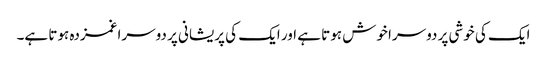
ایک کی خوشی پر دوسرا خوش ہوتا ہے اور ایک کی پریشانی پر دوسرا غمزدہ ہوتا ہے۔